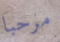
مرحبا